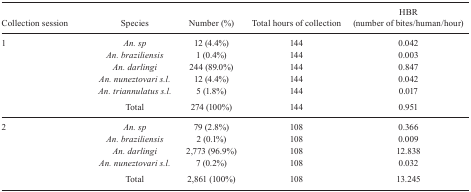
<table><thead><tr><td><b>Collection session</b></td><td><b>Species</b></td><td><b>Number (%)</b></td><td><b>Total hours ofcollection</b></td><td><b>HBR (number ofbites/human/hour)</b></td></tr></thead><tbody><tr><td>1</td><td><i>An. sp</i></td><td>12 (4.4%)</td><td>144</td><td>0.042</td></tr><tr><td> </td><td><i>An. braziliensis</i></td><td>1 (0.4%)</td><td>144</td><td>0.003</td></tr><tr><td> </td><td><i>An. darlingi</i></td><td>244 (89.0%)</td><td>144</td><td>0.847</td></tr><tr><td> </td><td><i>An. nuneztovari s.l.</i></td><td>12 (4.4%)</td><td>144</td><td>0.042</td></tr><tr><td> </td><td><i>An. triannulatus s.l.</i></td><td>5 (1.8%)</td><td>144</td><td>0.017</td></tr><tr><td> </td><td>Total</td><td>274 (100%)</td><td>144</td><td>0.951</td></tr><tr><td>2</td><td><i>An. sp</i></td><td>79 (2.8%)</td><td>108</td><td>0.366</td></tr><tr><td> </td><td><i>An. braziliensis</i></td><td>2 (0.1%)</td><td>108</td><td>0.009</td></tr><tr><td> </td><td><i>An. darlingi</i></td><td>2,773 (96.9%)</td><td>108</td><td>12.838</td></tr><tr><td> </td><td><i>An. nuneztovari s.l.</i></td><td>7 (0.2%)</td><td>108</td><td>0.032</td></tr><tr><td> </td><td>Total</td><td>2,861 (100%)</td><td>108</td><td>13.245</td></tr></tbody></table>